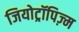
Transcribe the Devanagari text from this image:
जियोट्रॉपिज़्म